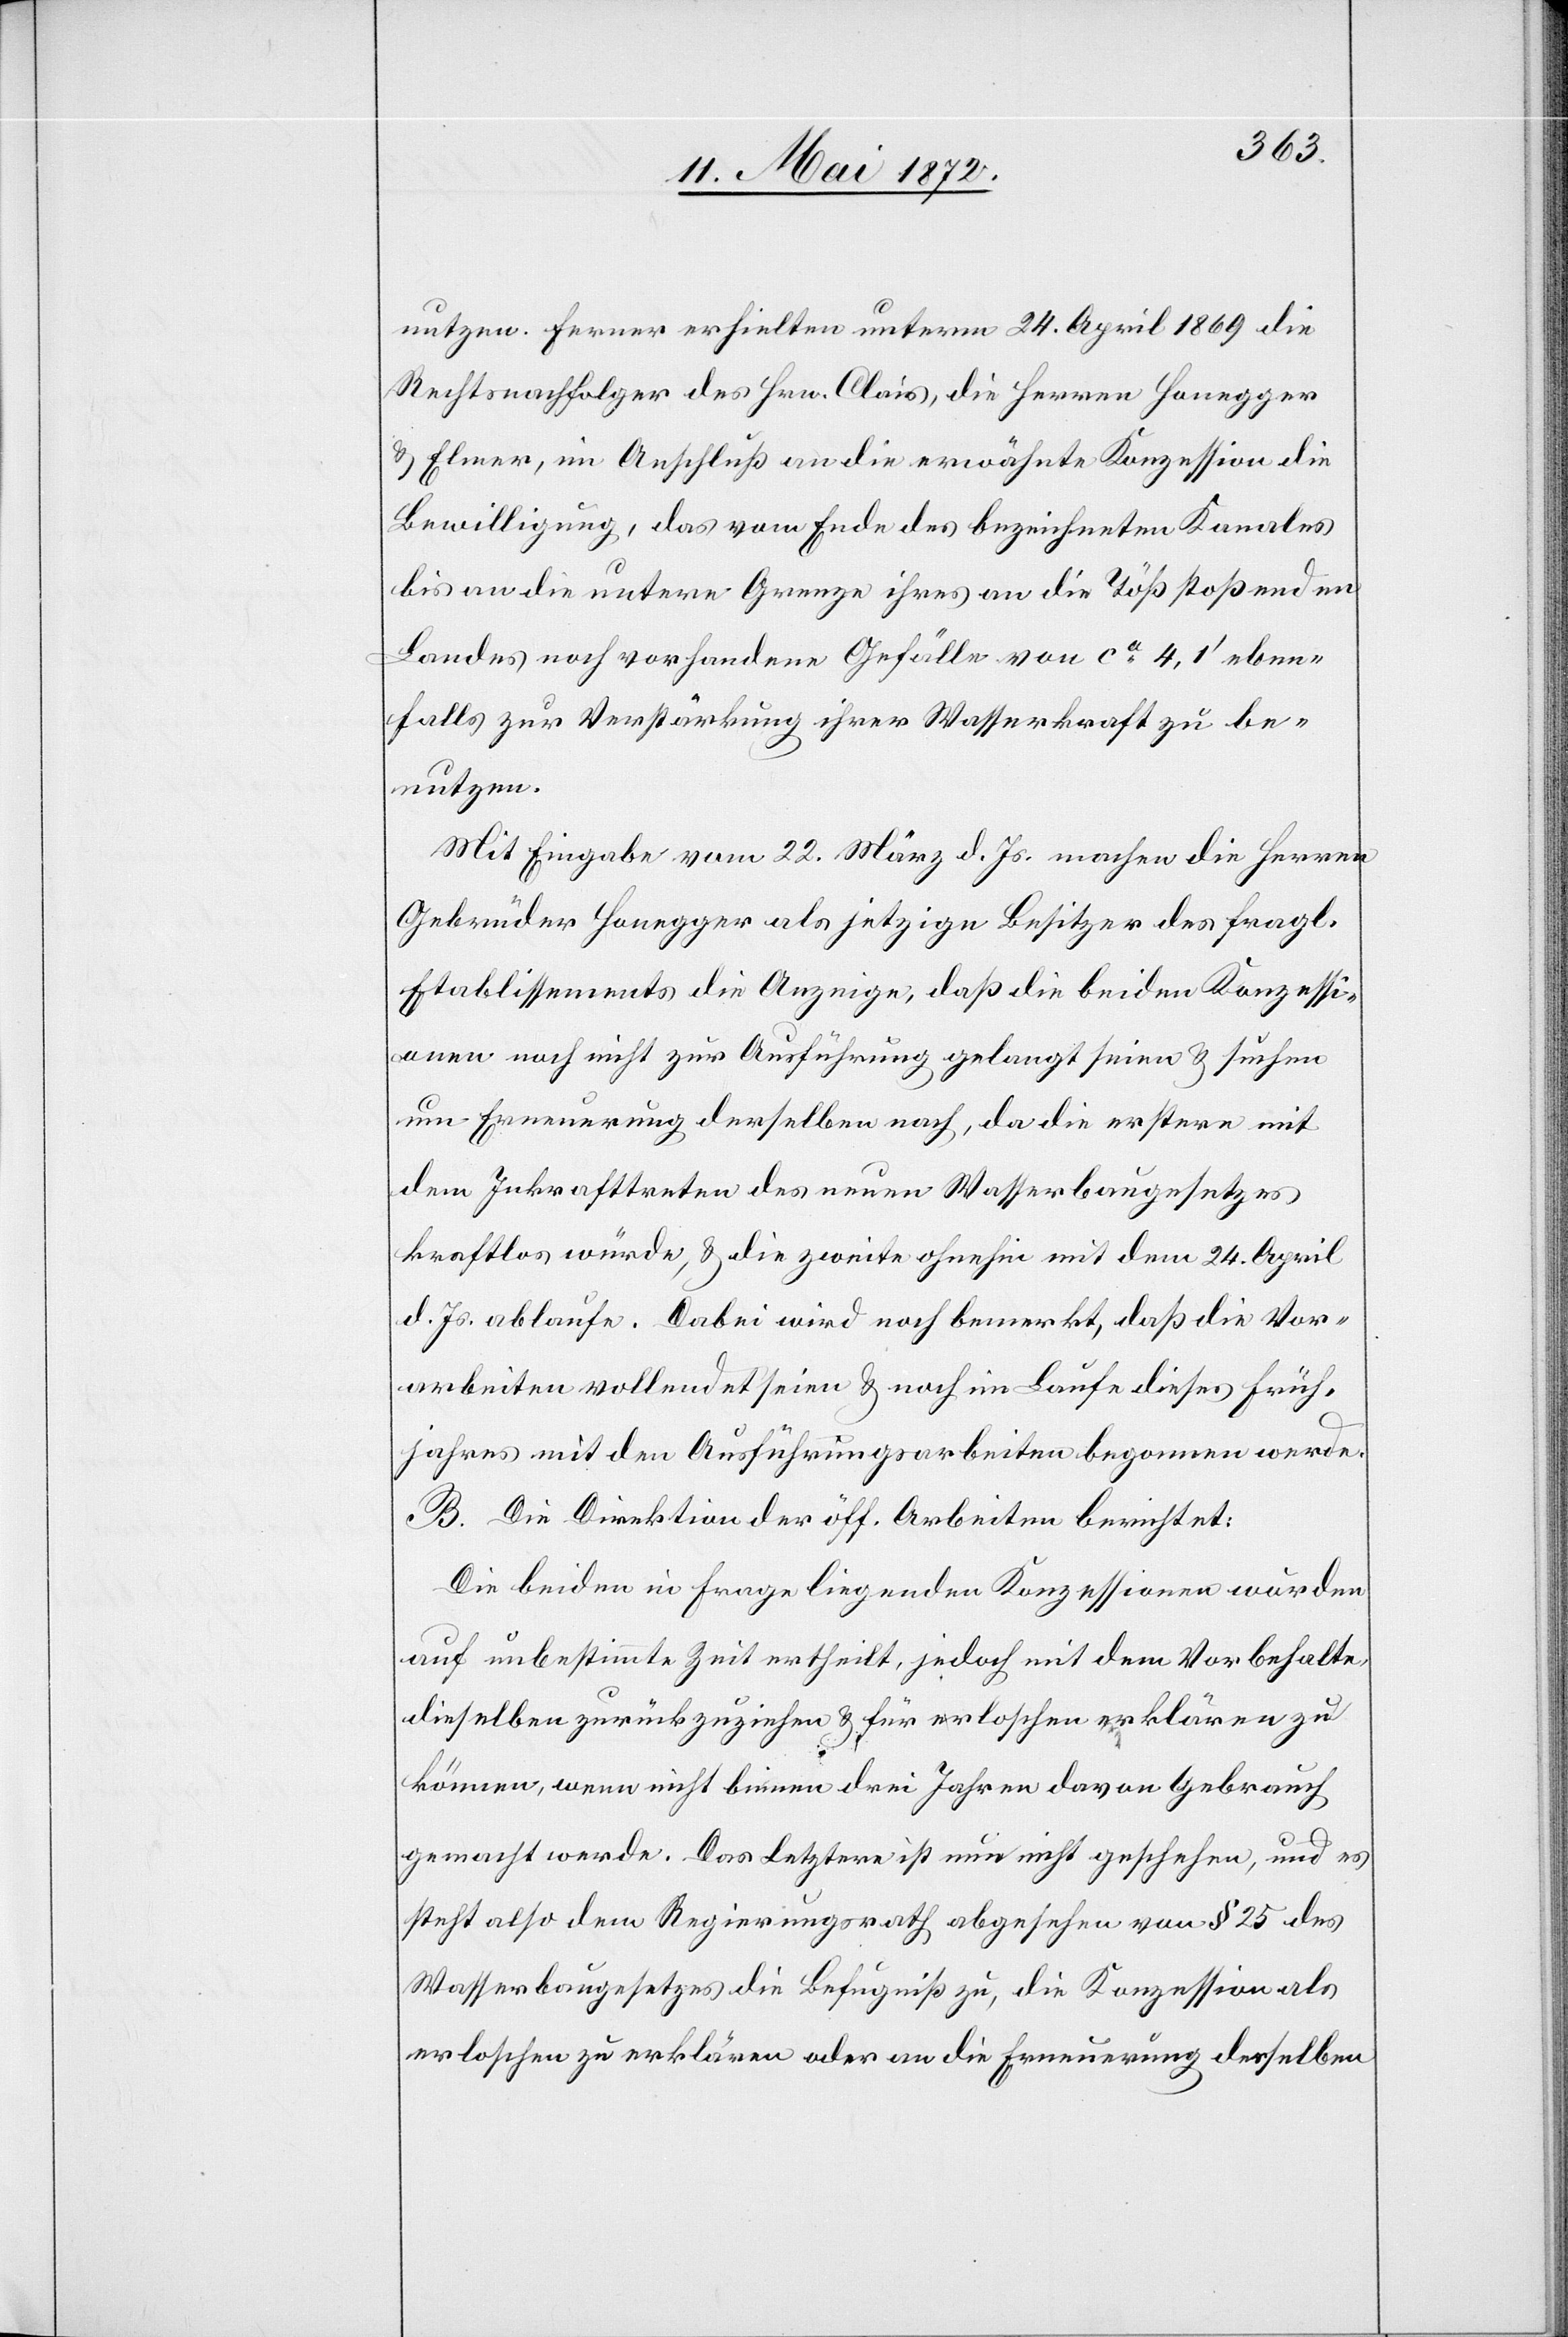
nutzen. Ferner erhielten unterm 24. April 1869 die
Rechtsnachfolger des Hrn. Clais, die Herren Honegger
u. Elmer, im Anschluß an die erwähnte Konzession die
Bewilligung, das vom Ende des bezeichneten Kanales
bis an die untere Grenze ihres an die Töß stoßenden
Landes noch vorhandene Gefälle von ca 4,1’ eben¬
falls zur Verstärkung ihrer Wasserkraft zu be¬
nutzen.
Mit Eingabe vom 22. März d. Js. machen die Herren
Gebrüder Honegger als jetzige Besitzer des fragl.
Etablissements die Anzeige, daß die beiden Konzessi¬
onen noch nicht zur Ausführung gelangt seien u. suchen
um Erneuerung derselben nach, da die erstere mit
dem Inkrafttreten des neuen Wasserbaugesetzes
kraftlos würde, u. die zweite ohnehin mit dem 24. April
d. Js. ablaufe. Dabei wird noch bemerkt, daß die Vor¬
arbeiten vollendet seien u. noch im Laufe dieses Früh¬
jahres mit den Ausführungsarbeiten begonnen werde.
B. Die Direktion der öff. Arbeiten berichtet:
Die beiden in Frage liegenden Konzessionen wurden
auf unbestimmte Zeit ertheilt, jedoch mit den Vorbehalte,
dieselben zurückzuziehen u. für erloschen erklären zu
können, wenn nicht binnen drei Jahren davon Gebraucht
gemacht werde. Das Letztere ist nun nicht geschehen, und es
steht also dem Regierungsrath abgesehen von § 25 des
Wasserbaugesetzes die Befugniß zu, die Konzession als
erloschen zu erklären oder an die Erneuerung derselben